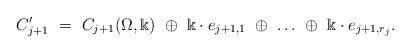
LaTeX: \begin{align*}C'_{j+1}\ = \ C_{j+1}(\Omega,\Bbbk)\ \oplus \ \Bbbk\cdot e_{j+1,1}\ \oplus\ \dots\ \oplus\ \Bbbk\cdot e_{j+1,r_j}. \end{align*}